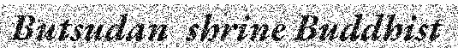
Butsudan  shrine Buddhist